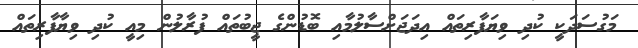
މަގުސަދަކީ ކުދި ވިޔަފާރިތައް އިދަޖަށްސާލުމާއި ބޮޑުންގެ ޖީބުތައް ފުރާލުން މިއީ ކުދި ވިޔާފާރިތައް